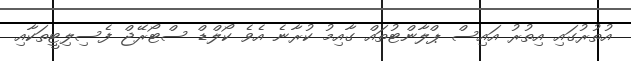
އުތުރުގައި އިތުރު އައިސް ޕްލާންޓުތައް ގާއިމު ކުރާނެ އެވެ ކޯލްޑް ސްޓޯރޭޖް ފެސިލިޓީތަކާއި